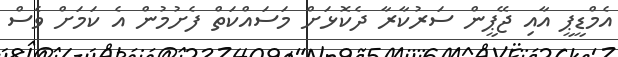
އެމްޑީޕީ އާއި ޖޭޕީން ސަރުކާރާ ދެކޮޅަށް މަސައްކަތް ފެށުމުން އެ ކަމަށް ވެސް